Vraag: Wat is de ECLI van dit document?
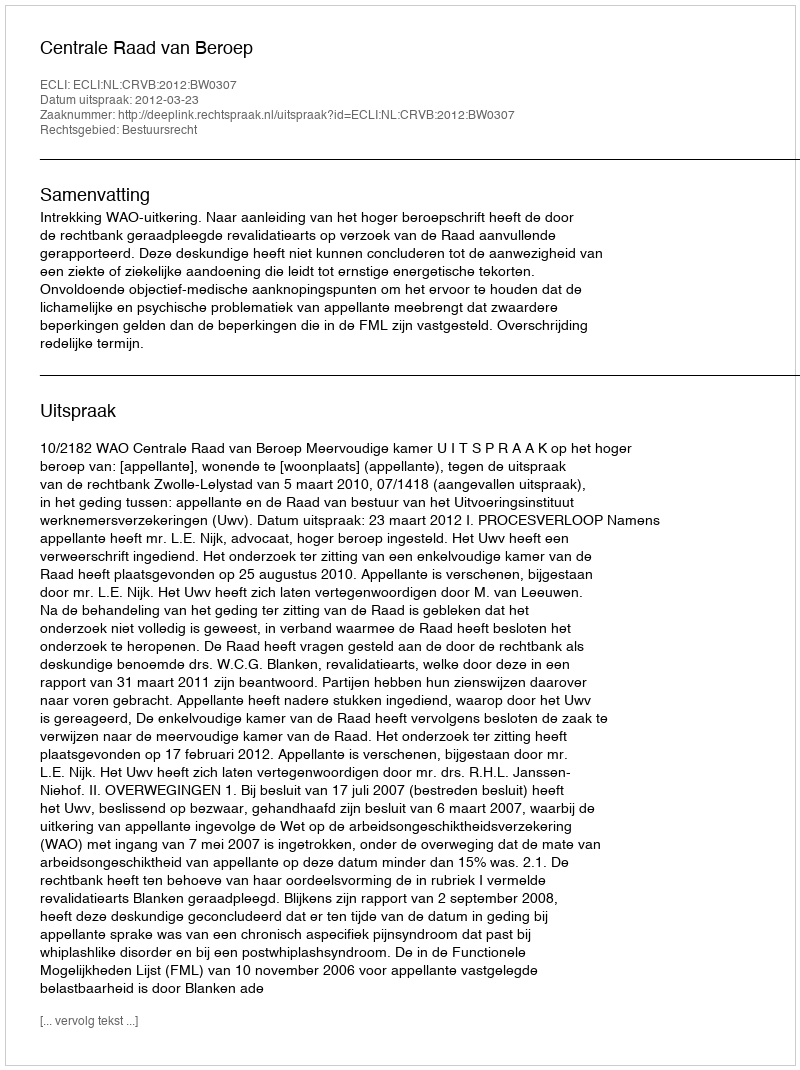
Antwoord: ECLI:NL:CRVB:2012:BW0307